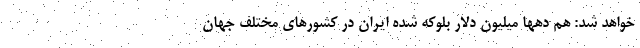
خواهد شد: هم دهها میلیون دلار بلوکه شده ایران در کشورهای مختلف جهان